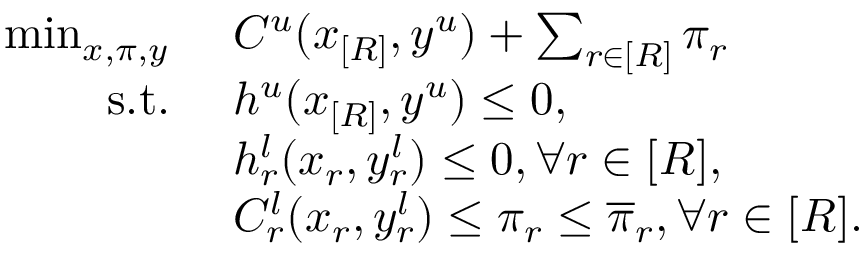
\begin{array} { r l } { \operatorname* { m i n } _ { x , \pi , y } \ } & { C ^ { u } ( x _ { [ R ] } , y ^ { u } ) + \sum _ { r \in [ R ] } \pi _ { r } } \\ { \mathrm { s . t . } \ } & { h ^ { u } ( x _ { [ R ] } , y ^ { u } ) \leq 0 , } \\ & { h _ { r } ^ { l } ( x _ { r } , y _ { r } ^ { l } ) \leq 0 , \forall r \in [ R ] , } \\ & { C _ { r } ^ { l } ( x _ { r } , y _ { r } ^ { l } ) \leq \pi _ { r } \leq \overline { { \pi } } _ { r } , \forall r \in [ R ] . } \end{array}